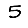
Digit: 5